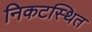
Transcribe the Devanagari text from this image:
निकटस्थित